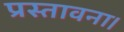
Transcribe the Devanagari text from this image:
प्रस्तावना।